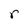
Character: r